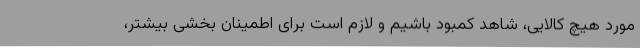
مورد هیچ کالایی، شاهد کمبود باشیم و لازم است برای اطمینان بخشی بیشتر،